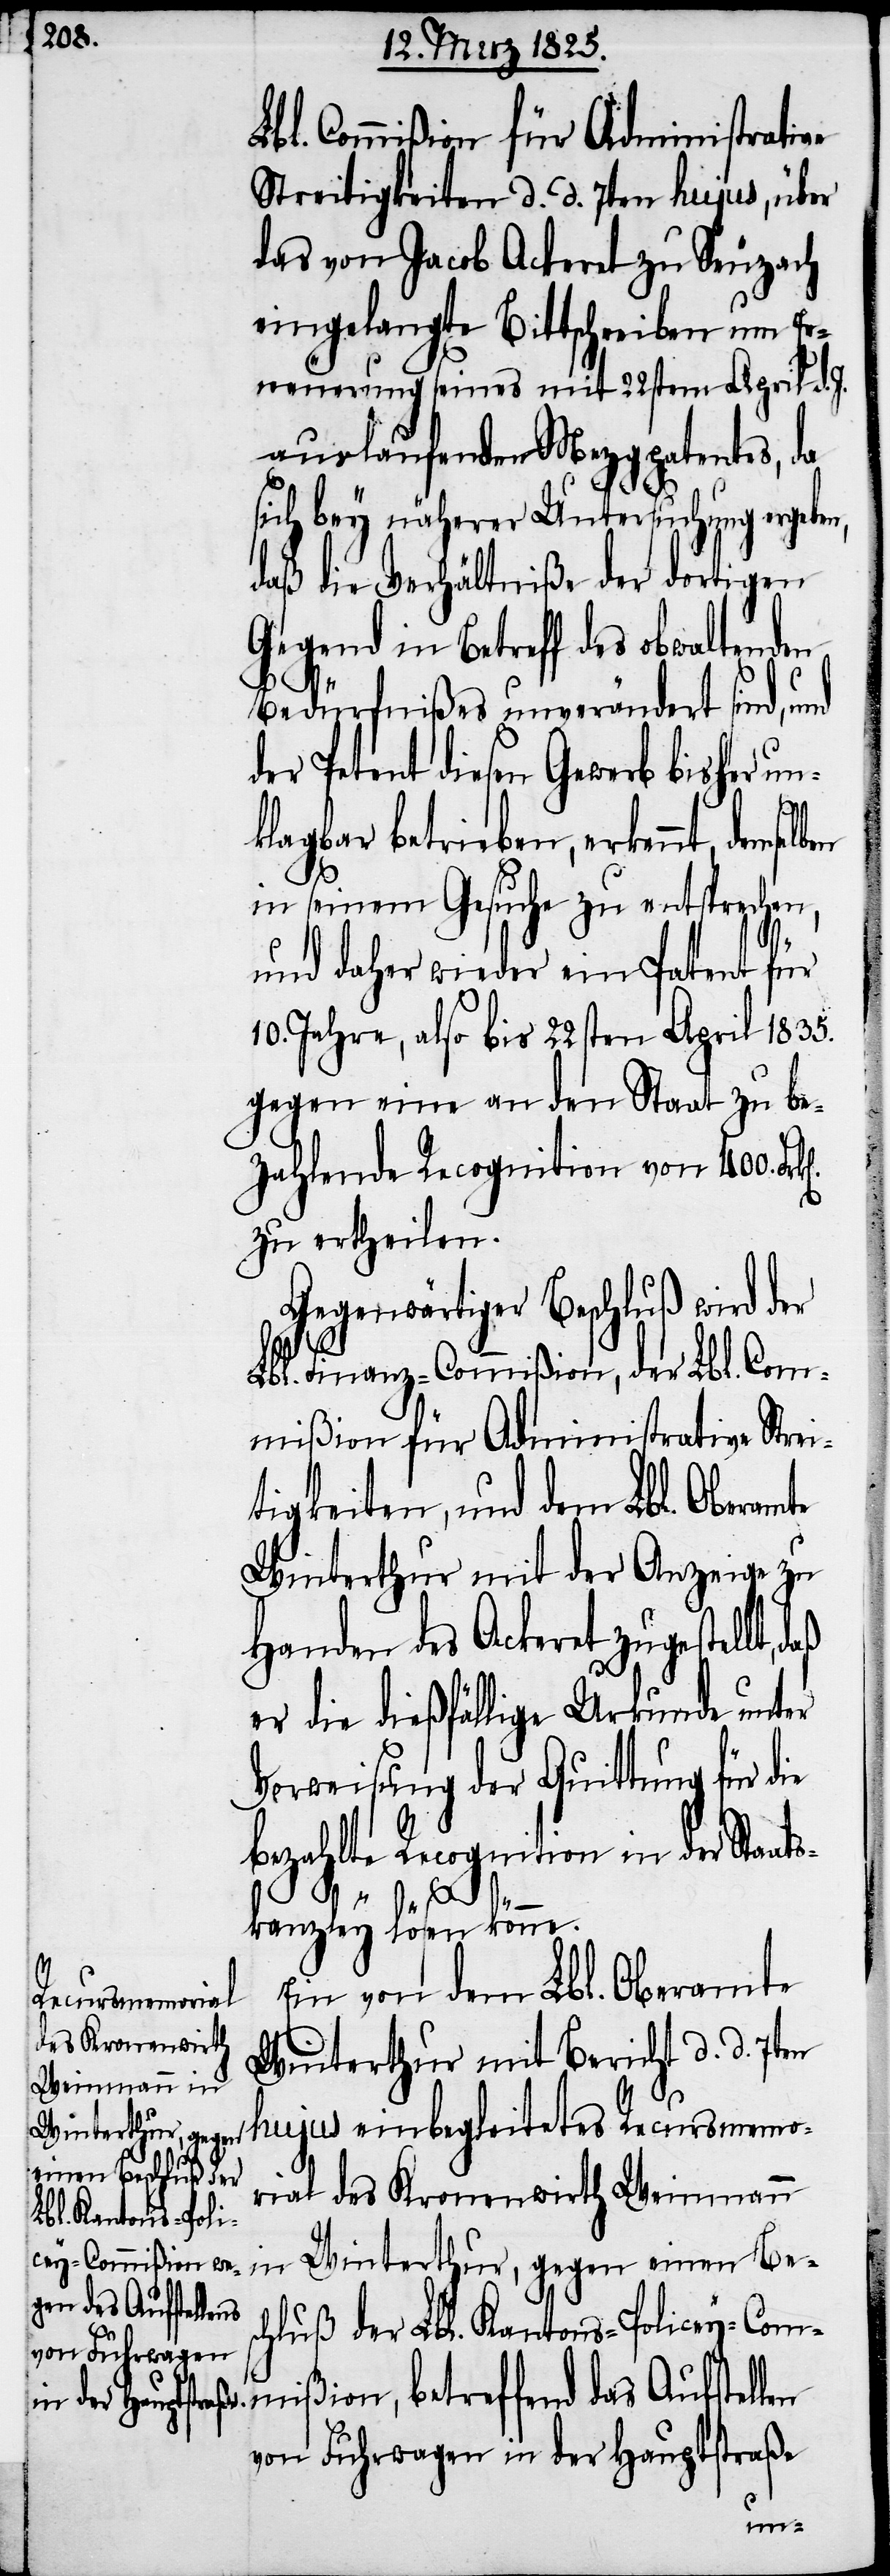
Lbl. Commißion für Administrative
Streitigkeiten d. d. 7ten hujus, über
das von Jacob Ackeret zu Seuzach
eingelangte Bittschreiben um Er¬
neuerung seines mit 22sten April d. J.
auslaufenden Mezgpatentes, da
sich bey näherer Untersuchung ergeben,
daß die Verhältniße der dortigen
Gegend in Betreff des obwaltend¬
Bedürfnißes unverändert sind, und
der Petent diesen Gewerb bisher un¬
klagbar betrieben, erkennt, demse¬
in seinem Gesuche zu entsprechen,
und daher wieder ein Patent für
10. Jahre, also bis 22sten April 1835.
gegen eine an den Staat zu be¬
zahlende Recognition von 400.
zu ertheilen.
Gegenwärtiger Beschluß wird der
Lbl. Finanz-Commißion, der Lbl. Com¬
mißion für Administrative Strei¬
tigkeiten, und dem Lbl. Oberamte
Winterthur mit der Anzeige zu
Handen des Ackeret zugestellt,
er die dießfällige Urkunde unter
Verweisung der Quittung für die
bezahlte Recognition in der Staats¬
kanzley lösen könne.
Ein von dem Lbl. Oberamte
cey-Commißion,
Winterthur mit Bericht d. d. 7ten
hujus einbegleitetes Recursmemo¬
Winterthur, gegen
einen Beschluß der
rial des Kronenwirth Weinmann
Lbl. Kantons-Poli¬
von Fuhrwagen in der Hauptstraße
lben